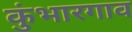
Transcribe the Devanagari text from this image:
कुंभारगाव